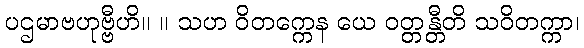
ပဌမာဗဟုဗ္ဗီဟိ။ ။ သဟ ဝိတက္ကေန ယေ ဝတ္တန္တီတိ သဝိတက္ကာ၊